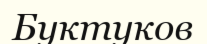
Буктуков